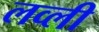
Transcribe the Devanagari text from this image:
लव्ली